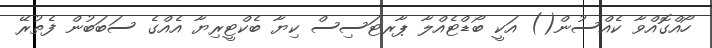
ހޯއްގޮއްވާ ކެއްސުން() އަކީ ބޯޑްޓެއްލާ ޕާރޓަސިސް ކިޔާ ބެކްޓީރިޔާ އެއްގެ ސަބަބުން ފެތުރޭ